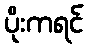
ပိုးကရင်